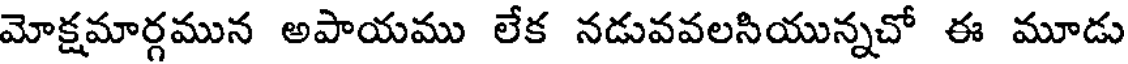
మోక్షమార్గమున అపాయము లేక నడువవలసియున్నచో ఈ మూడు